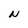
Character: N